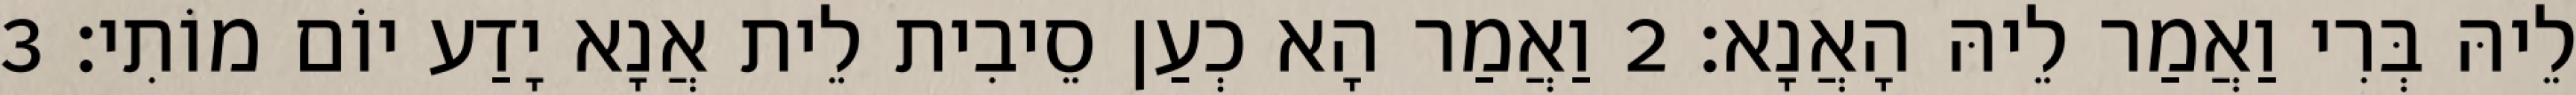
לֵיהּ בְּרִי וַאֲמַר לֵיהּ הָאֲנָא׃ 2 וַאֲמַר הָא כְעַן סֵיבִית לֵית אֲנָא יָדַע יוֹם מוֹתִי׃ 3